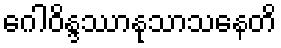
ဂေါဝိန္ဒဿာနုသာသနေတိ